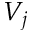
V _ { j }